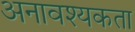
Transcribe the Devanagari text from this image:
अनावश्यकता